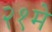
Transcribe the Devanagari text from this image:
२१मे